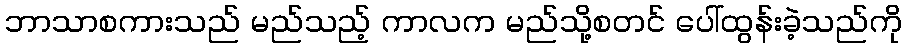
ဘာသာစကားသည် မည်သည့် ကာလက မည်သို့စတင် ပေါ်ထွန်းခဲ့သည်ကို